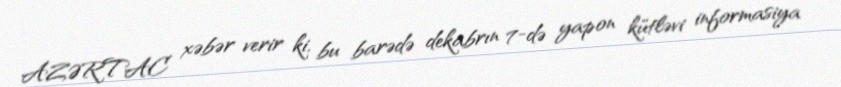
AZƏRTAC xəbər verir ki, bu barədə dekabrın 7-də yapon kütləvi informasiya